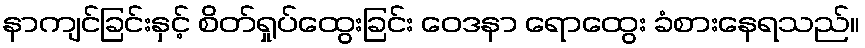
နာကျင်ခြင်းနှင့် စိတ်ရှုပ်ထွေးခြင်း ဝေဒနာ ရောထွေး ခံစားနေရသည်။